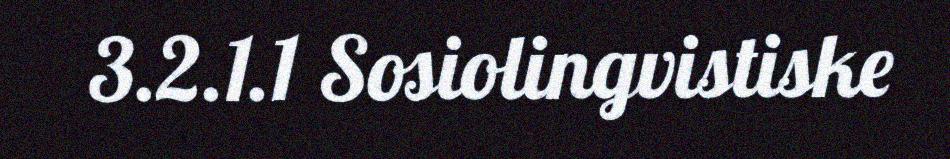
3.2.1.1 Sosiolingvistiske